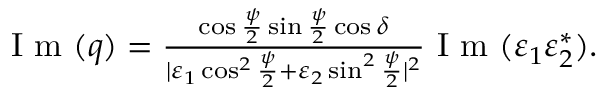
\begin{array} { r } { \mathrm { ~ I ~ m ~ } ( q ) = \frac { \cos \frac { \psi } { 2 } \sin \frac { \psi } { 2 } \cos \delta } { | \varepsilon _ { 1 } \cos ^ { 2 } \frac { \psi } { 2 } + \varepsilon _ { 2 } \sin ^ { 2 } \frac { \psi } { 2 } | ^ { 2 } } \mathrm { ~ I ~ m ~ } ( \varepsilon _ { 1 } \varepsilon _ { 2 } ^ { * } ) . } \end{array}